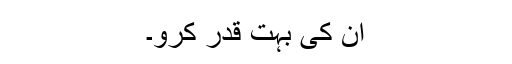
ان کی بہت قدر کرو۔